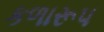
કળારૂપ